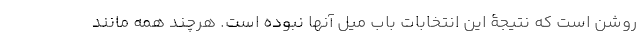
روشن است که نتیجۀ این انتخابات باب میل آنها نبوده است. هرچند همه مانند